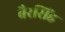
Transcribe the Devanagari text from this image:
बैरसिंह